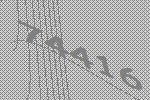
74416